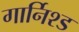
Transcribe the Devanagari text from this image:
गार्निश्ड